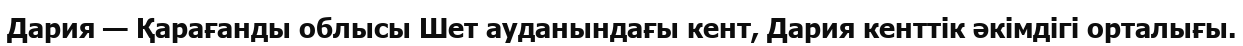
Дария — Қарағанды облысы Шет ауданындағы кент, Дария кенттік әкімдігі орталығы.